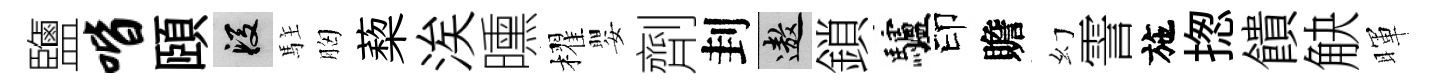
鹽喈頤段駐胸蔾涘曛櫂嬰劑刲遨鎖驢印贍幻霅施揔饋觖暉